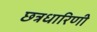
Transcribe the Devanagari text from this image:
छत्रधारिणी